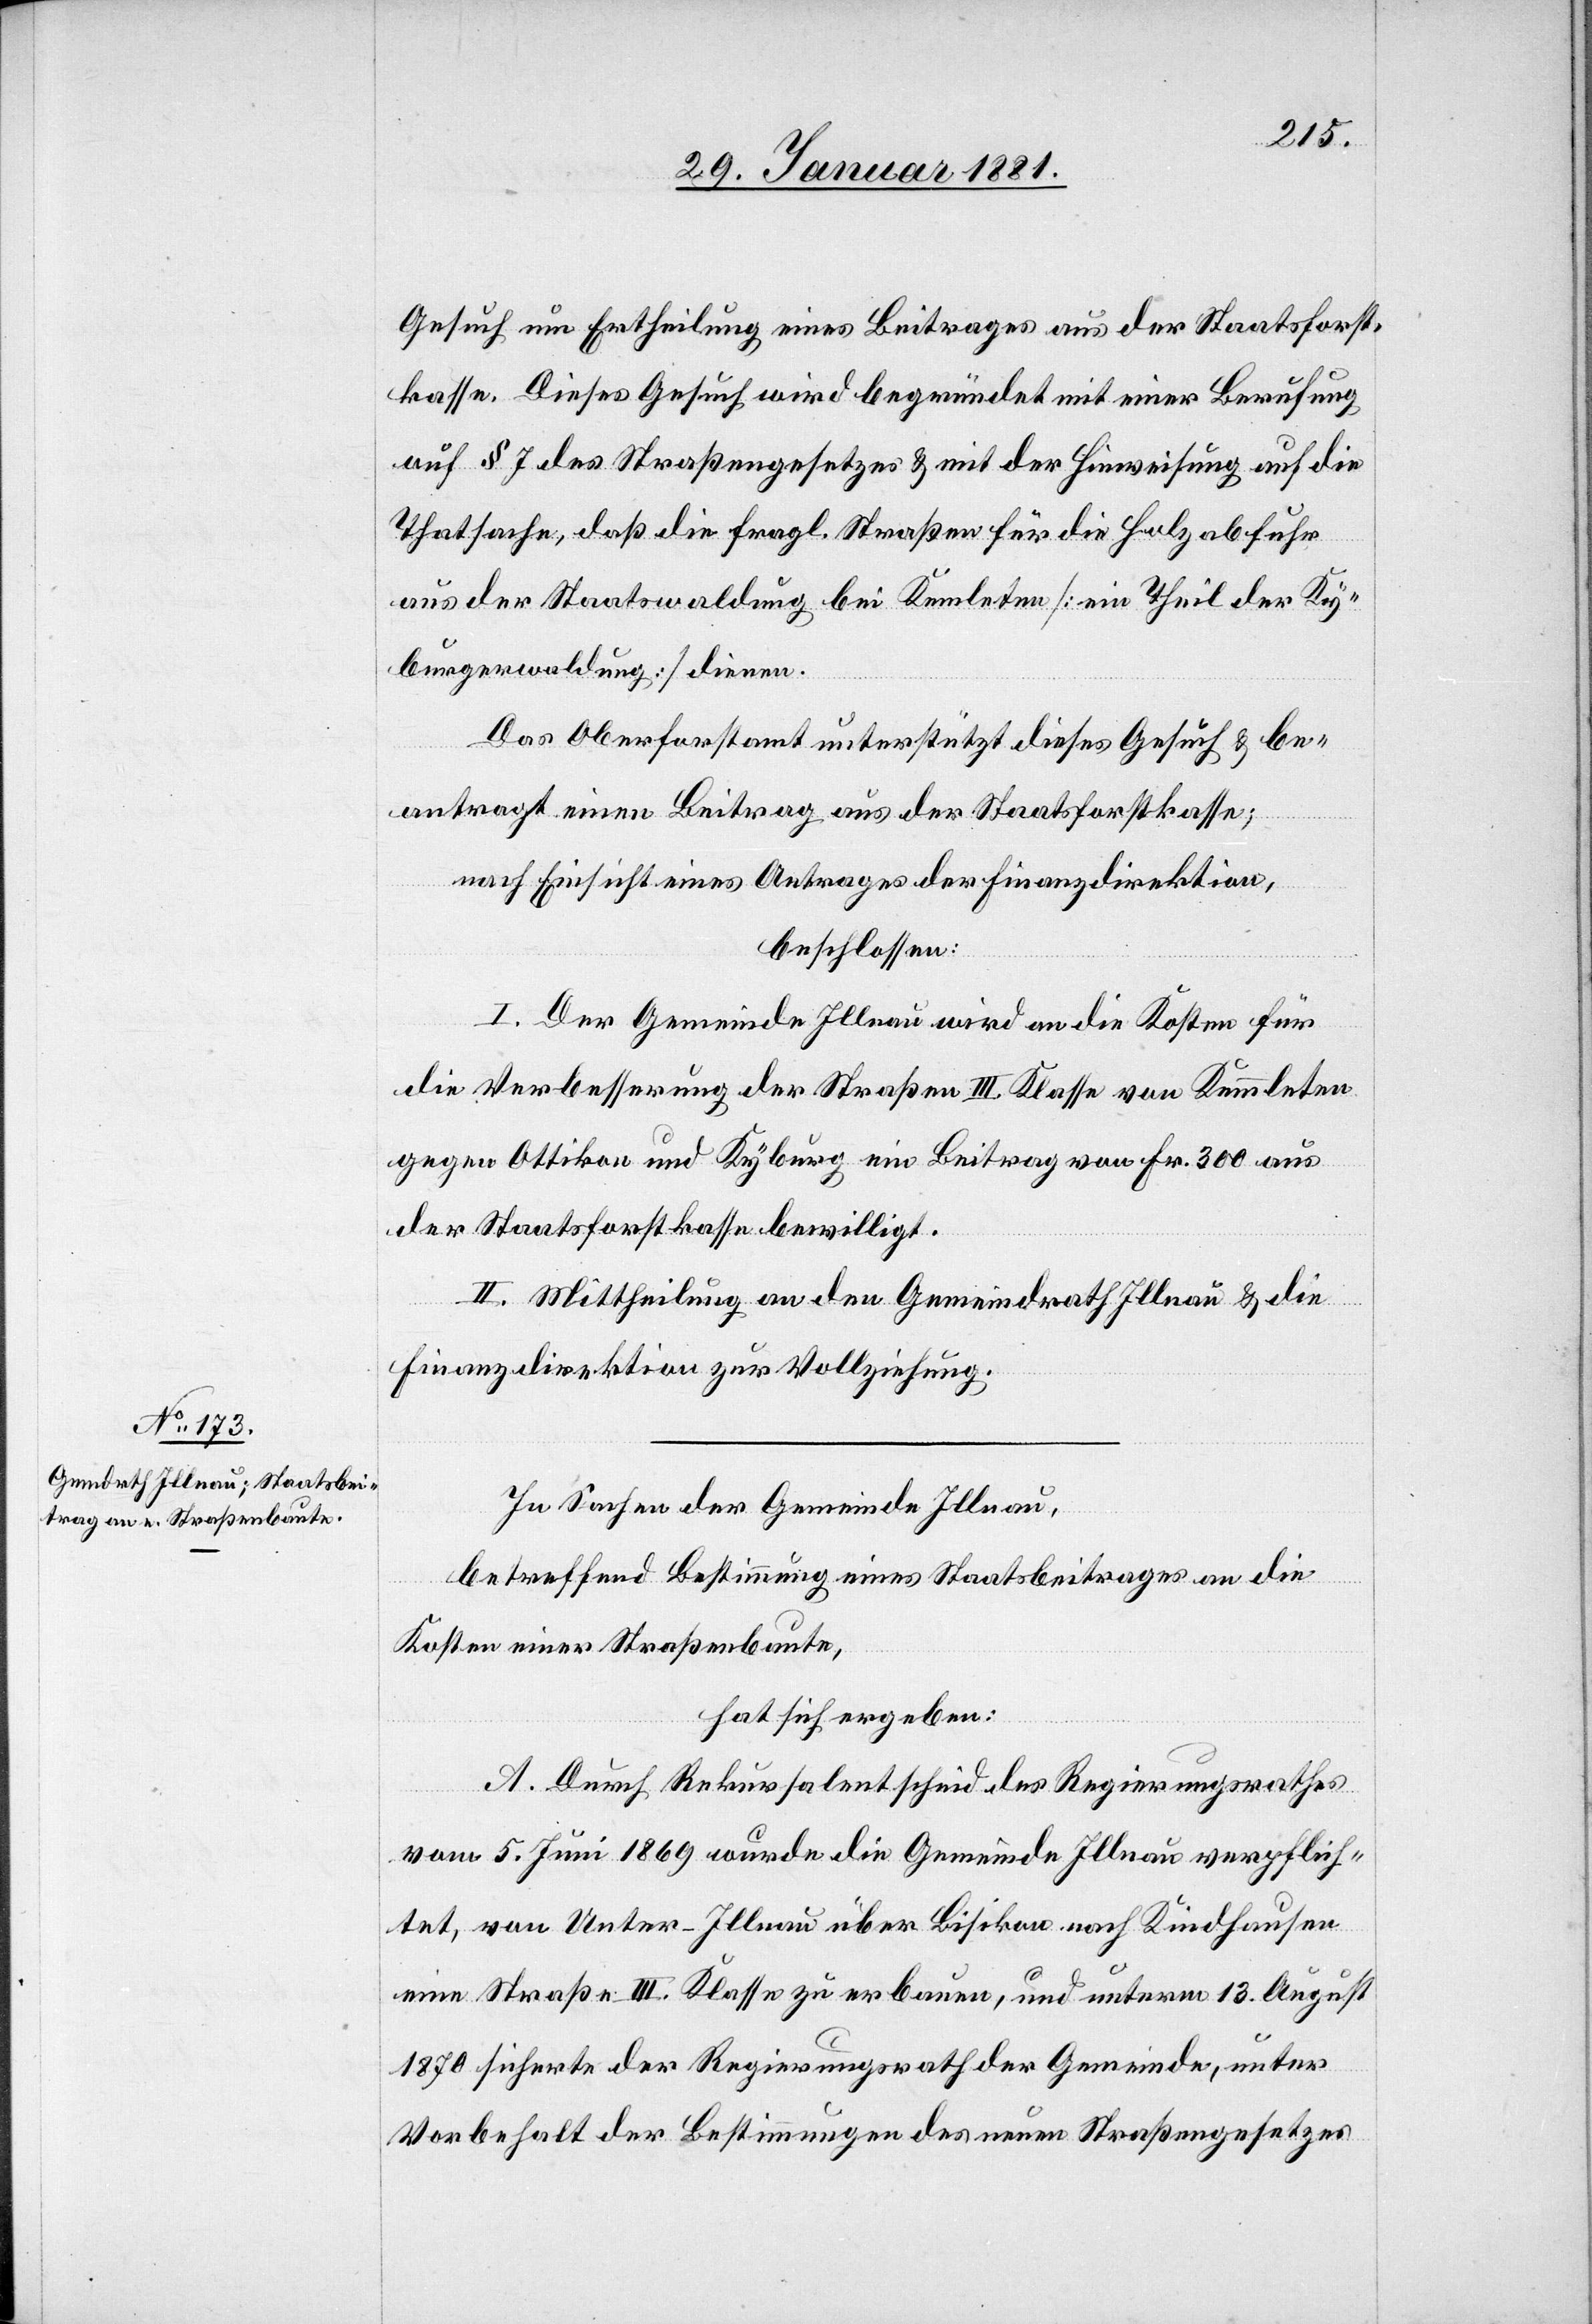
Gesuch um Ertheilung eines Beitrages aus der Staatsforst¬
kasse. Dieses Gesuch wird begründet mit einer Berufung
auf § 7 des Straßengesetzes & mit der Hinweisung auf die
Thatsache, daß die fragl. Straßen für die Holzabfuhr
aus der Staatswaldung bei Kemleten [ein Theil der Ky¬
burgwaldung] dienen.
Das Oberforstamt unterstützt dieses Gesuch & be¬
antragt einen Beitrag aus der Staatsforstkasse;
nach Einsicht eines Antrages der Finanzdirektion,
beschlossen:
I. Der Gemeinde Illnau wird an die Kosten für
die Verbesserung der Straßen III. Klasse von Kemmleten
gegen Ottikon und Kyburg ein Beitrag von Fr. 300 aus
der Staatsforstkasse bewilligt.
II. Mittheilung an den Gemeindrath Illnau & die
Finanzdirektion zur Vollziehung.
In Sachen der Gemeinde Illnau,
betreffend Bestimmung eines Staatsbeitrages an die
Kosten einer Straßenbaute,
hat sich ergeben:
A. Durch Rekursalentscheid des Regierungsrathes
vom 5. Juni 1869 wurde die Gemeinde Illnau verpflich¬
tet, von Unter-Illnau über Bisikon nach Kindhausen
eine Straße III. Klasse zu erbauen, und unterm 13. August
1870 sicherte der Regierungsrath der Gemeinde, unter
Vorbehalt der Bestimmungen des neuen Straßengesetzes